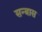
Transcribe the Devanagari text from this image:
सन्त्रास